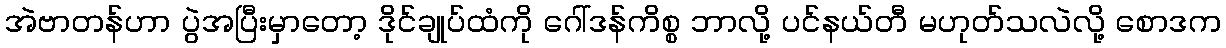
အဲဗာတန်ဟာ ပွဲအပြီးမှာတော့ ဒိုင်ချုပ်ထံကို ဂေါ်ဒန်ကိစ္စ ဘာလို့ ပင်နယ်တီ မဟုတ်သလဲလို့ စောဒက